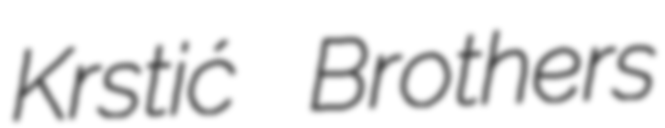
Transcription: Krstić Brothers